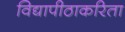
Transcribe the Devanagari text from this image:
विद्यापीठाकरिता